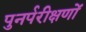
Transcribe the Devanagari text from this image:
पुनर्परीक्षणों